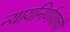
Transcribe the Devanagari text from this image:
न्यायनिर्णयांची